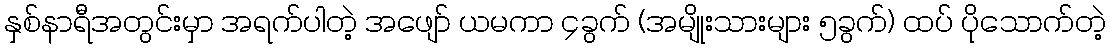
နှစ်နာရီအတွင်းမှာ အရက်ပါတဲ့ အဖျော် ယမကာ ၄ခွက် (အမျိုးသားများ ၅ခွက်) ထပ် ပိုသောက်တဲ့